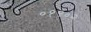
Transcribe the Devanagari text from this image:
०१९०२